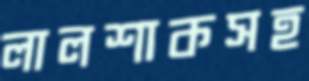
লালশাকসহ